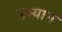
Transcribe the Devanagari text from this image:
उभ्याने